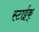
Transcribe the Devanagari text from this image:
स्टाईक्